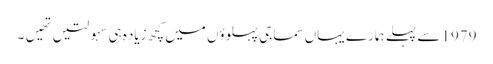
1979 سے پہلے ہمارے یہاں سماجی پہلوؤں میں کچھ زیاده ہی سہولتیں تهیں۔